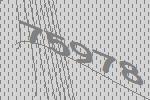
75978